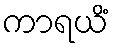
ကာရယိံ